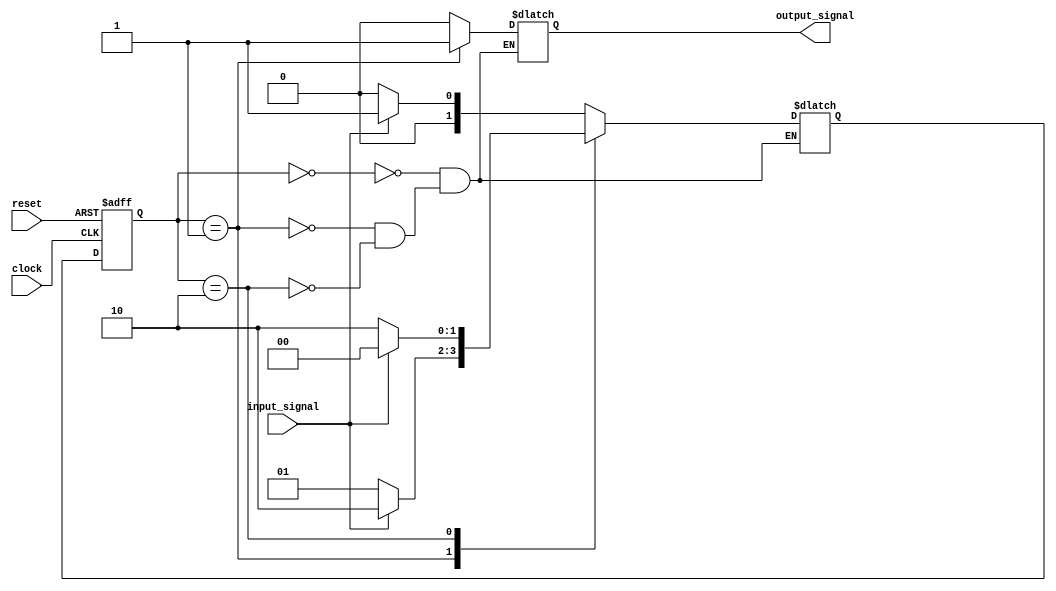
module fsm (
    input clock,
    input reset,
    input input_signal,
    output reg output_signal
);

// States definition
parameter STATE_A = 2'b00;
parameter STATE_B = 2'b01;
parameter STATE_C = 2'b10;

// State register
reg [1:0] state_reg, next_state;

// State machine logic
always @(posedge clock or posedge reset) begin
    if (reset) begin
        state_reg <= STATE_A; // Initial state
    end else begin
        state_reg <= next_state;
    end
end

// State transitions
always @(state_reg or input_signal) begin
    case(state_reg)
        STATE_A: begin
            if(input_signal) begin
                next_state = STATE_B;
            end else begin
                next_state = STATE_A;
            end
        end
        STATE_B: begin
            if(input_signal) begin
                next_state = STATE_C;
            end else begin
                next_state = STATE_B;
            end
        end
        STATE_C: begin
            if(input_signal) begin
                next_state = STATE_A;
            end else begin
                next_state = STATE_C;
            end
        end
    endcase
end

// Output signal based on current state
always @(state_reg) begin
    case(state_reg)
        STATE_A: output_signal = 1'b0;
        STATE_B: output_signal = 1'b1;
        STATE_C: output_signal = 1'b0;
    endcase
end

endmodule